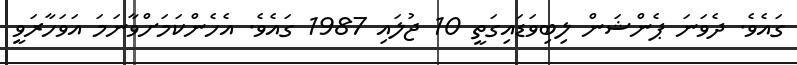
ގައެވެ. ދެވަނަ ޕެންޝަން ލިބިވަޑައިގަތީ 10 ޖުލައި 1987 ގައެވެ. އެހެންކަމަށްވާނަމަ އަވަހާރަވީ